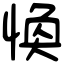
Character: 愌